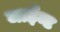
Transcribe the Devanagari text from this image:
जाईन्ट